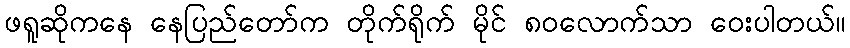
ဖရူဆိုကနေ နေပြည်တော်က တိုက်ရိုက် မိုင် ၈၀လောက်သာ ဝေးပါတယ်။